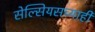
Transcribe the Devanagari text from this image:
सेल्सियसच्याही